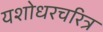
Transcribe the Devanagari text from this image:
यशोधरचरित्र